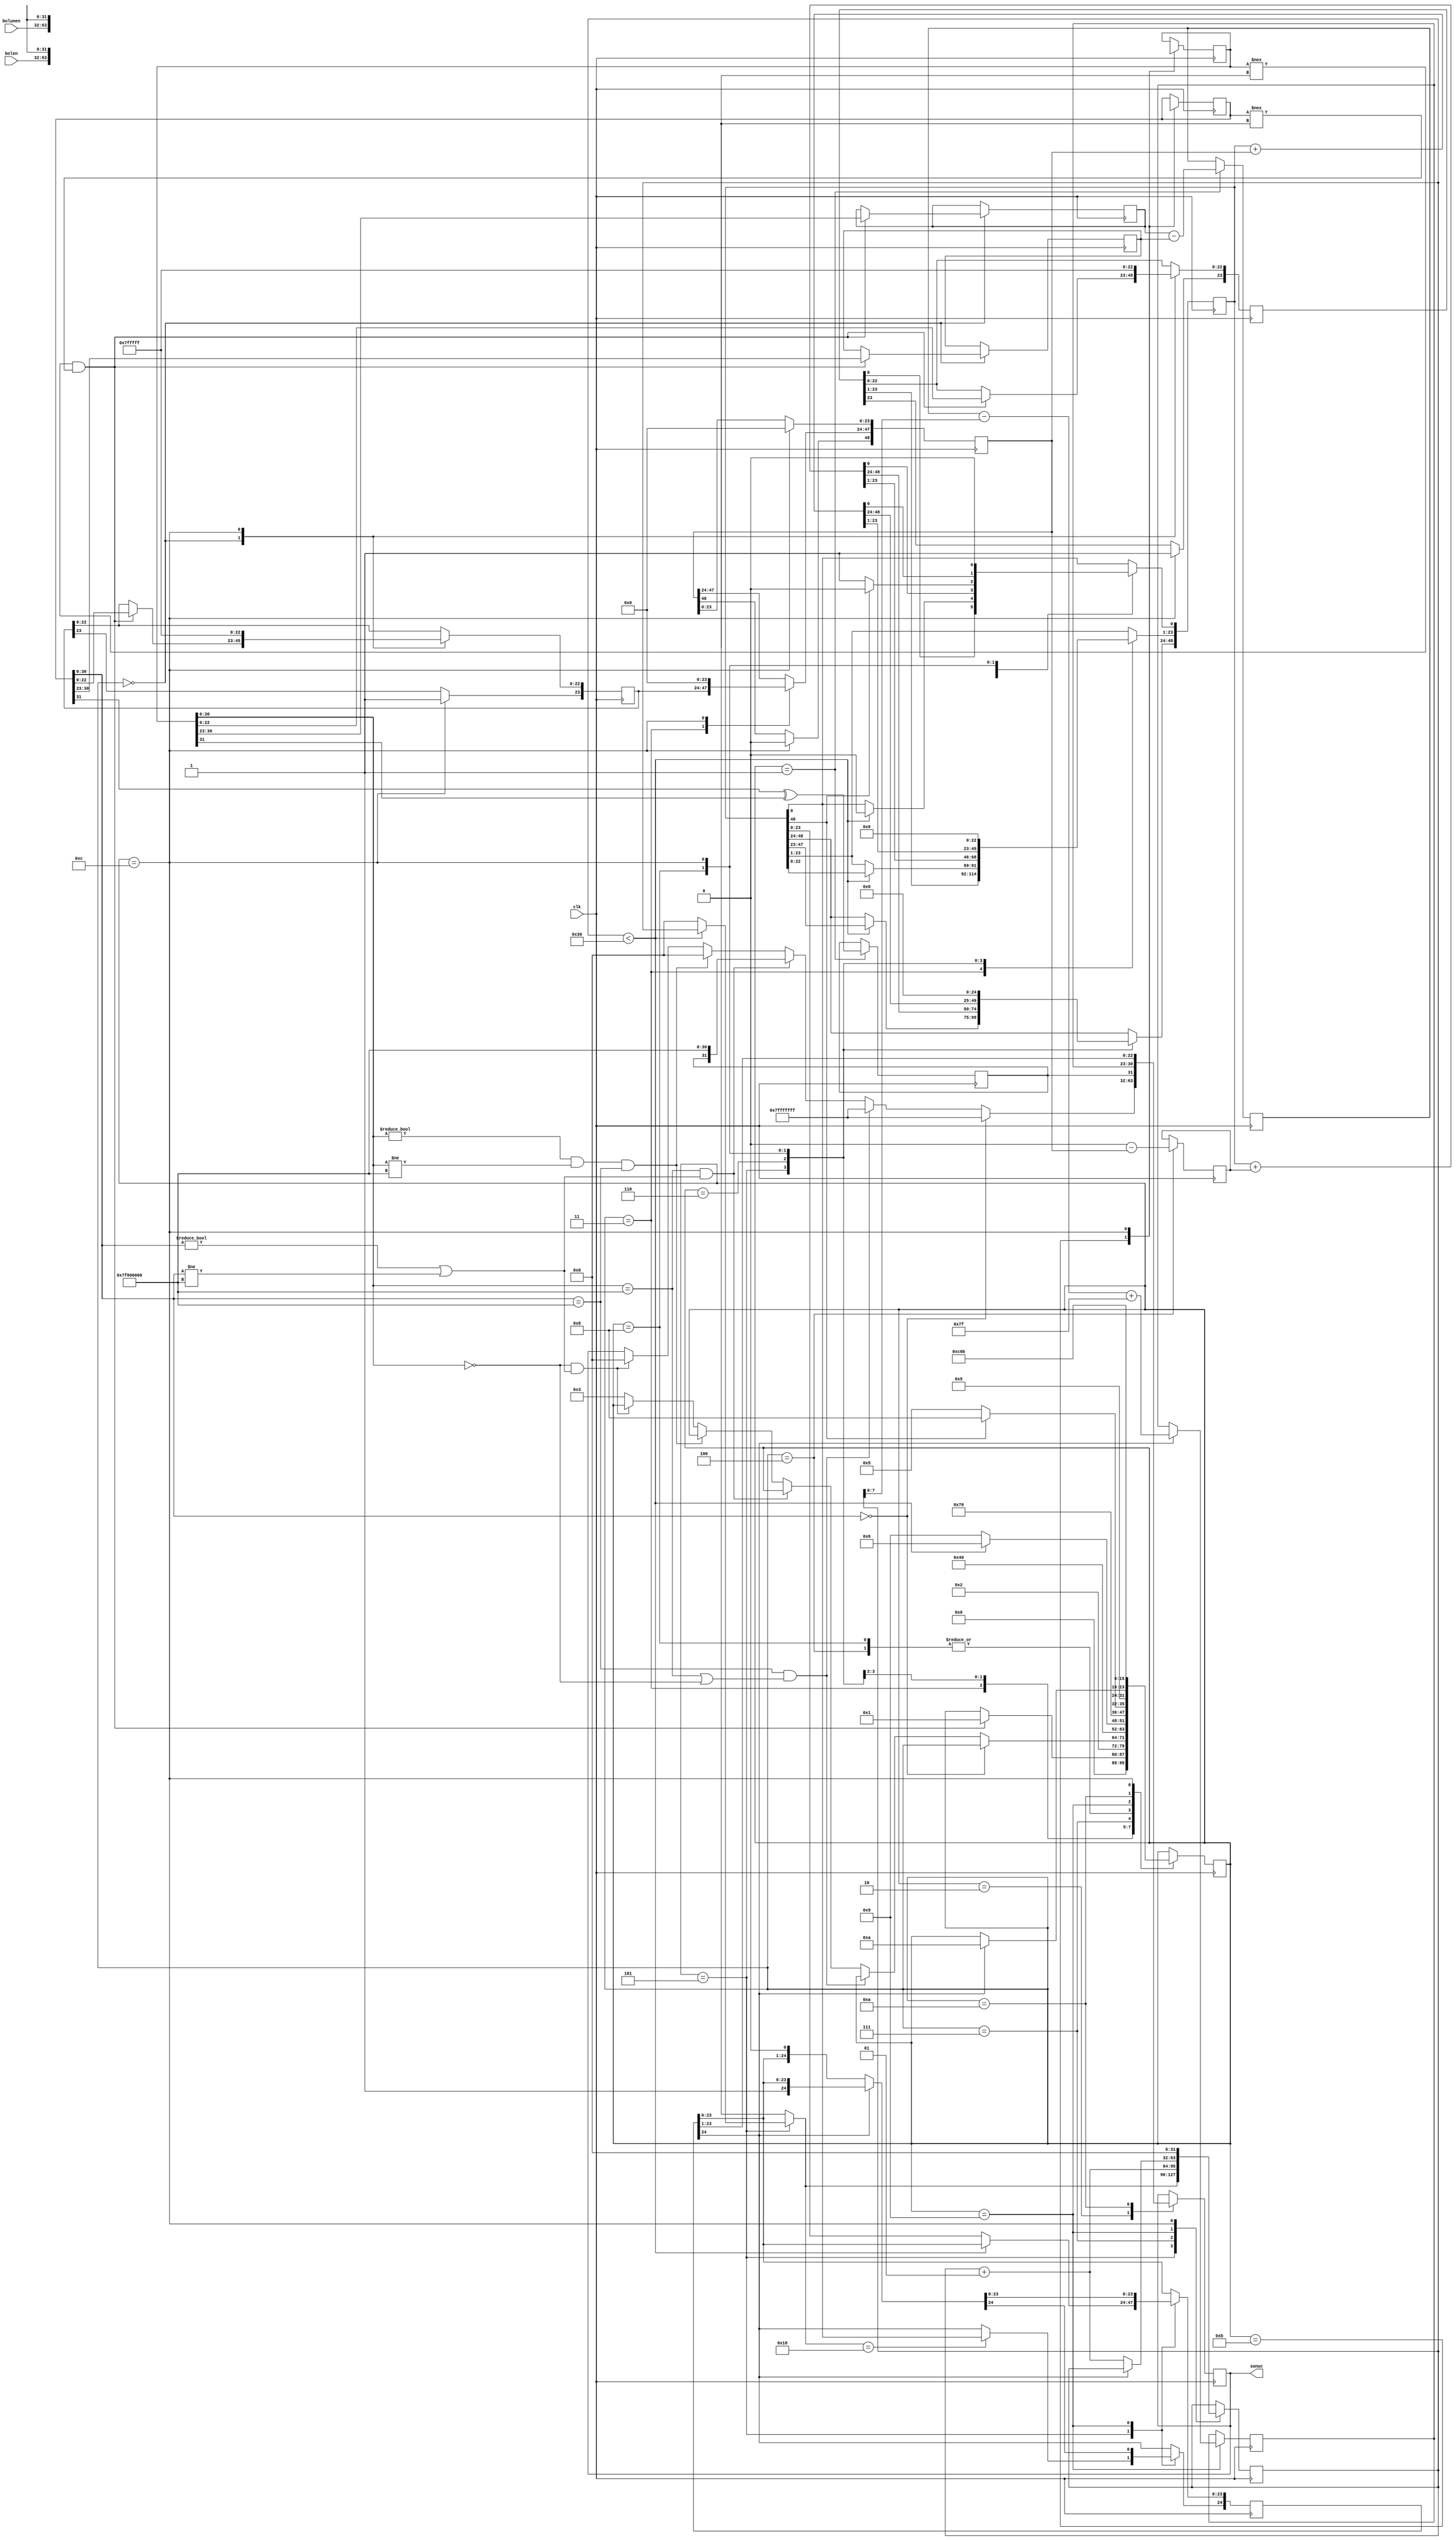
`timescale 1ns / 1ps

module floating(
input clk ,
input [31:0] bolunen , // A
input [31:0] bolen   , // B
output  [31:0] sonuc         
   );  

   reg [31:0] sonuc_x   ;
   reg [7:0] exp_a      ;
   reg [7:0] exp_b      ;
   reg [7:0] exp_sonuc  ;
   reg [7:0] exp_sonuc1;
   reg [23:0] mantissa_a = 24'b111111111111111111111111 ; // !!!!
   reg [23:0] mantissa_b = 24'b111111111111111111111111 ; // !!!!
   reg [24:0] mantissa_sonuc;
   
   reg [31:0] bolunenx ;
   reg [31:0] bolenx ;
   
   reg [31:0] NaN   =  31'b11111111_11111111111111111111111; 
   reg [30:0] inf   =  31'b11111111_00000000000000000000000;
   reg [31:0] sifir =  31'b00000000_00000000000000000000000;
   
   integer sayac = 0 ;
   reg sonuc_sign;
   reg [48:0] bolme_yazmaci= 49'b0_0000_0000_0000_0000_0000_0000_0000_0000_0000_0000_0000_0000; //!!!
   reg [48:0] bolen_yazmaci=49'b0_0000_0000_0000_0000_0000_0000_0000_0000_0000_0000_0000_0000; //!!!
   reg [48:0] bolen_yazmaci_tersi;
   
   
   integer count=0;
   
   localparam MANTISSA_ATAMA     = 4'b0000;
   localparam EXP_ATAMA          = 4'b0001;
   localparam OZEL_DURUMLAR      = 4'b0010;
   localparam YAZMAC_ATAMA       = 4'b0011;
   localparam BOLEN_TERSI_ALMA   = 4'b0100;
   localparam BOLME_1            = 4'b0101;
   localparam BOLME_2            = 4'b0110;
   localparam LSB_ATAMA          = 4'b0111;
   localparam YENI_BOLME_YAZMACI = 4'b1000;
   localparam SON_EXP            = 4'b1001;
   localparam SONUC_BIRLESTIRME  = 4'b1010;
   localparam VERILERI_ALMA      = 4'b1011;
   
   reg [7:0] durum = VERILERI_ALMA ;
   
   always@(posedge clk )begin  
        sayac <= sayac + 1; 
        case(durum)
           VERILERI_ALMA : begin
                bolenx = bolen;
                bolunenx = bolunen;
                durum <= MANTISSA_ATAMA;
           end
            
           MANTISSA_ATAMA: begin
                if ( (bolunenx !== 32'bx_xxxxxxxx_xxxxxxxxxxxxxxxxxxxxxxx) && (bolenx !== 32'bx_xxxxxxxx_xxxxxxxxxxxxxxxxxxxxxxx) )begin
                    exp_a             <=  bolunenx[30:23];
                    mantissa_a[22:0] <=  bolunenx[22:0];

                    exp_b      <=  bolenx[30:23];
                    mantissa_b[22:0] <=  bolenx[22:0];
                    
                    durum <= EXP_ATAMA ;
                end
           end
            
           EXP_ATAMA : begin    
                exp_sonuc <=  exp_a-exp_b;
                sonuc_sign   <=  bolenx[31] ^ bolunenx[31];  
                durum <= OZEL_DURUMLAR;  
           end
 
           OZEL_DURUMLAR: begin 
                if (bolenx[30:0] == sifir )begin //BLEN = 0
                    sonuc_x <= {sonuc_sign,NaN};
                end 
                else if ( ( bolenx[30:0] == inf) && ( bolunenx[30:0] == inf || bolunenx[30:0] == 0 ) )begin 
                     sonuc_x <= {sonuc_sign,NaN};
                end   
                else if((bolunenx[30:0] == inf) &&  ((bolenx[30:0] !=sifir) || (bolenx[30:0] != inf) ))begin  
                     sonuc_x <= {sonuc_sign,inf};   
                end
                else if ((bolunenx[30:0] != sifir && bolunenx[30:0] != inf )&& (bolenx[30:0] == inf)) begin 
                     sonuc_x <= {1'b0,sifir}; 
                end 
                else if ( bolunenx[30:0] == sifir && ((bolenx[30:0] !=sifir) || (bolenx[30:0] != inf)) ) begin
                    sonuc_x <= {1'b0,sifir};
                end
                else begin 
                     durum <= YAZMAC_ATAMA;
                end 
           end
            
           YAZMAC_ATAMA:begin
                bolme_yazmaci[23:0]<= mantissa_a;
                bolen_yazmaci[47:24]<= mantissa_b;
                durum <= BOLEN_TERSI_ALMA; 
           end
              
           BOLEN_TERSI_ALMA:begin
                bolen_yazmaci_tersi<= 0 - bolen_yazmaci;
                durum<=BOLME_1;
             end
            
           BOLME_1:begin 
               if(count<48) begin
                  bolme_yazmaci<=bolme_yazmaci<<1;
                  durum<= BOLME_2;
               end
               
               else begin
                  mantissa_sonuc[23:0]<= bolme_yazmaci[23:0];
                  count=0;
                  durum<=SON_EXP;
               end
               
               if(count==24) begin
                  mantissa_sonuc[24]<=bolme_yazmaci[0]; 
               end
           end  
             
           BOLME_2: begin
                    bolme_yazmaci<=bolme_yazmaci+bolen_yazmaci_tersi;
                    durum <= LSB_ATAMA;
                end
                
           LSB_ATAMA:begin    
                if (bolme_yazmaci[48]==1) begin    
                     bolme_yazmaci[0]<=1'b0; 
                     durum <= YENI_BOLME_YAZMACI;       
                end
                else begin
                     bolme_yazmaci[0]<=1'b1;
                     durum <= BOLME_1 ;
                end
                
                count = count+1;
           end
           
           YENI_BOLME_YAZMACI: begin
                bolme_yazmaci <= bolme_yazmaci + bolen_yazmaci; 
                durum <= BOLME_1;
           end
           
           SON_EXP:begin
              if(mantissa_sonuc[24]==0) begin
                  mantissa_sonuc=mantissa_sonuc<<1;
                  count=count+1;
              end
              else begin 
                //sonuc_x[22:0]  <= mantissa_sonuc[23:1];
                exp_sonuc1<=exp_sonuc-count+127; 
                durum <= SONUC_BIRLESTIRME;
              end
           end
            
           SONUC_BIRLESTIRME:begin  
               sonuc_x={sonuc_sign,exp_sonuc1,mantissa_sonuc[23:1]};
               durum <=12;
           end
            
           12:begin
               bolunenx = 32'bx_xxxxxxxx_xxxxxxxxxxxxxxxxxxxxxxx;
               bolenx = 32'bx_xxxxxxxx_xxxxxxxxxxxxxxxxxxxxxxx;
               count=0;
               mantissa_a = 24'b111111111111111111111111 ; // !!!!
               mantissa_b = 24'b111111111111111111111111 ; // !!!!
               bolme_yazmaci= 49'b0_0000_0000_0000_0000_0000_0000_0000_0000_0000_0000_0000_0000; //!!!
               bolen_yazmaci=49'b0_0000_0000_0000_0000_0000_0000_0000_0000_0000_0000_0000_0000; //!!!
               durum <= VERILERI_ALMA;
           end
         endcase   
   end
   assign sonuc=sonuc_x;
endmodule